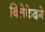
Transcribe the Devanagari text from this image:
बिलेकेदगे